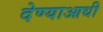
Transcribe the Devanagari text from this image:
देण्याआधी